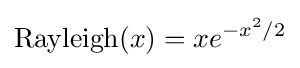
{\text{Rayleigh}}(x)=xe^{-x^{2}/2}